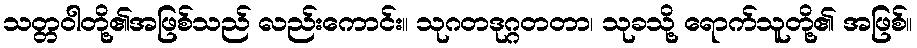
သတ္တဝါတို့၏အဖြစ်သည် လည်းကောင်း။ သုဂတဒုဂ္ဂတတာ၊ သုခသို့ ရောက်သူတို့၏ အဖြစ်။